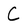
Character: C